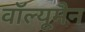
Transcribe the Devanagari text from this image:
वॉल्यूमैन